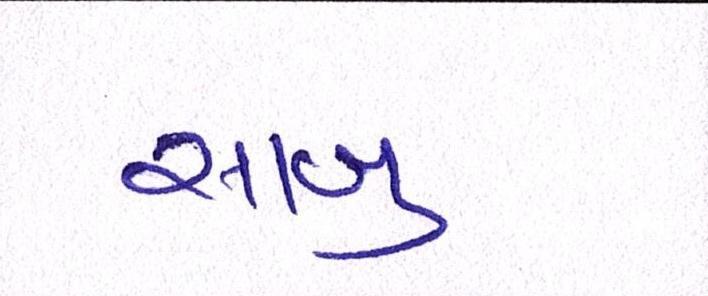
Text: સાબુ